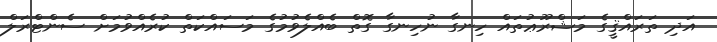
އަދި ތަރައްޤީގެ މަޝްރޫޢުތައް ހިނގާ ނުހިނގާ ގޮތް ބެއްލެވުމުގެ މަސައްކަތް ކުރެއްވުމަށް ސެންޓްރަލް